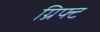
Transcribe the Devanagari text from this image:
ग्रिफ्ट